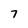
Character: 7